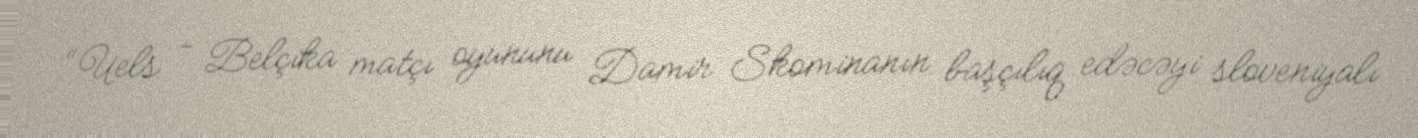
“Uels - Belçika matçı oyununu Damir Skominanın başçılıq edəcəyi sloveniyalı